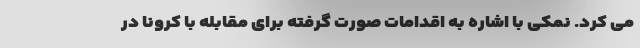
می کرد. نمکی با اشاره به اقدامات صورت گرفته برای مقابله با کرونا در